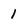
Character: 1